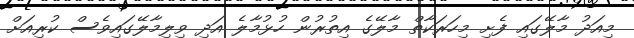
މިއަދު މާލޭގައި ފެށި މިހަރަކާތް މާލޭގެ އިތުރުން ހުޅުމާލެ އަދި ވިލިމާލޭގައިވެސް ކުރިއަށް